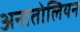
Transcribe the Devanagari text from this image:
अनातोलियन